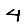
Digit: 4